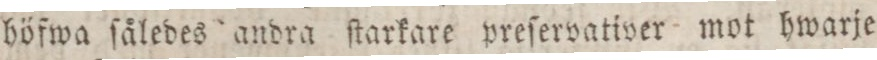
höfwa ſåledes andra ſtarkare preſervativer mot hwarje